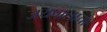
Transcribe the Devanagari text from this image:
जयपालाचा